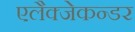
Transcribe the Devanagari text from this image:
एलैक्जेकन्डर